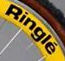
Ringle